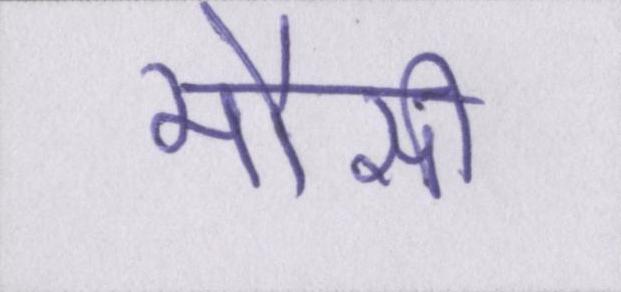
मौसी